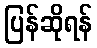
ပြန်ဆိုရန်